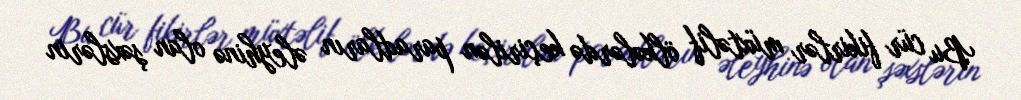
Bu cür fikirlər müxtəlif ölkələrdə keçirilən paradların əleyhinə olan şəxslərin